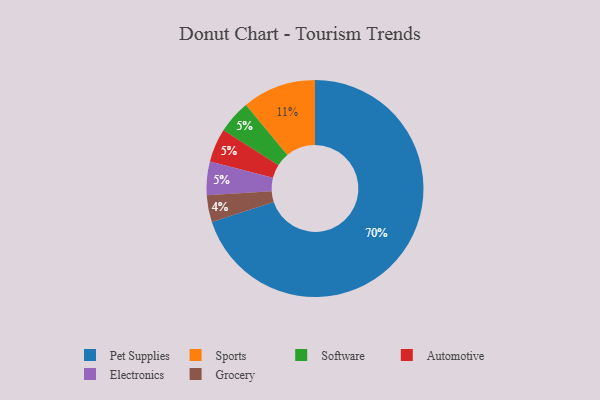
{"axis": {"x": "Category", "y": "Percentage"}, "legend": ["Automotive", "Electronics", "Grocery", "Pet Supplies", "Software", "Sports"], "data": [{"x": "Pet Supplies", "y": 70, "type": "Pet Supplies"}, {"x": "Software", "y": 5, "type": "Software"}, {"x": "Sports", "y": 11, "type": "Sports"}, {"x": "Automotive", "y": 5, "type": "Automotive"}, {"x": "Electronics", "y": 5, "type": "Electronics"}, {"x": "Grocery", "y": 4, "type": "Grocery"}]}